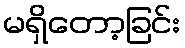
မရှိတော့ခြင်း